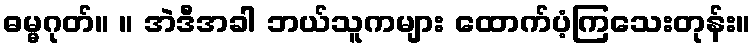
ဓမ္မဂုတ်။ ။ အဲဒီအခါ ဘယ်သူကများ ထောက်ပံ့ကြသေးတုန်း။